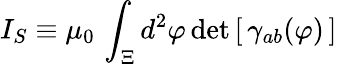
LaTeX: I_{S}\equiv\mu_{0}\, \int_{\Xi}d^{2}\varphi\, \mathrm{det}\left[\, \gamma_{ab}(\varphi)\, \right]